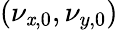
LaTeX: (\nu_{\mathit{x},0},\nu_{y,0})